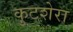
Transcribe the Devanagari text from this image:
कुटशेरा